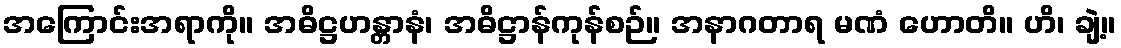
အကြောင်းအရာကို။ အဓိဋ္ဌဟန္တာနံ၊ အဓိဋ္ဌာန်ကုန်စဉ်။ အနာဂတာရ မဏံ ဟောတိ။ ဟိ၊ ချဲ့။